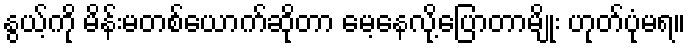
နွယ့်ကို မိန်းမတစ်ယောက်ဆိုတာ မေ့နေလို့ပြောတာမျိုး ဟုတ်ပုံမရ။